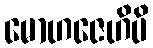
မောဟဇေဟိပိ